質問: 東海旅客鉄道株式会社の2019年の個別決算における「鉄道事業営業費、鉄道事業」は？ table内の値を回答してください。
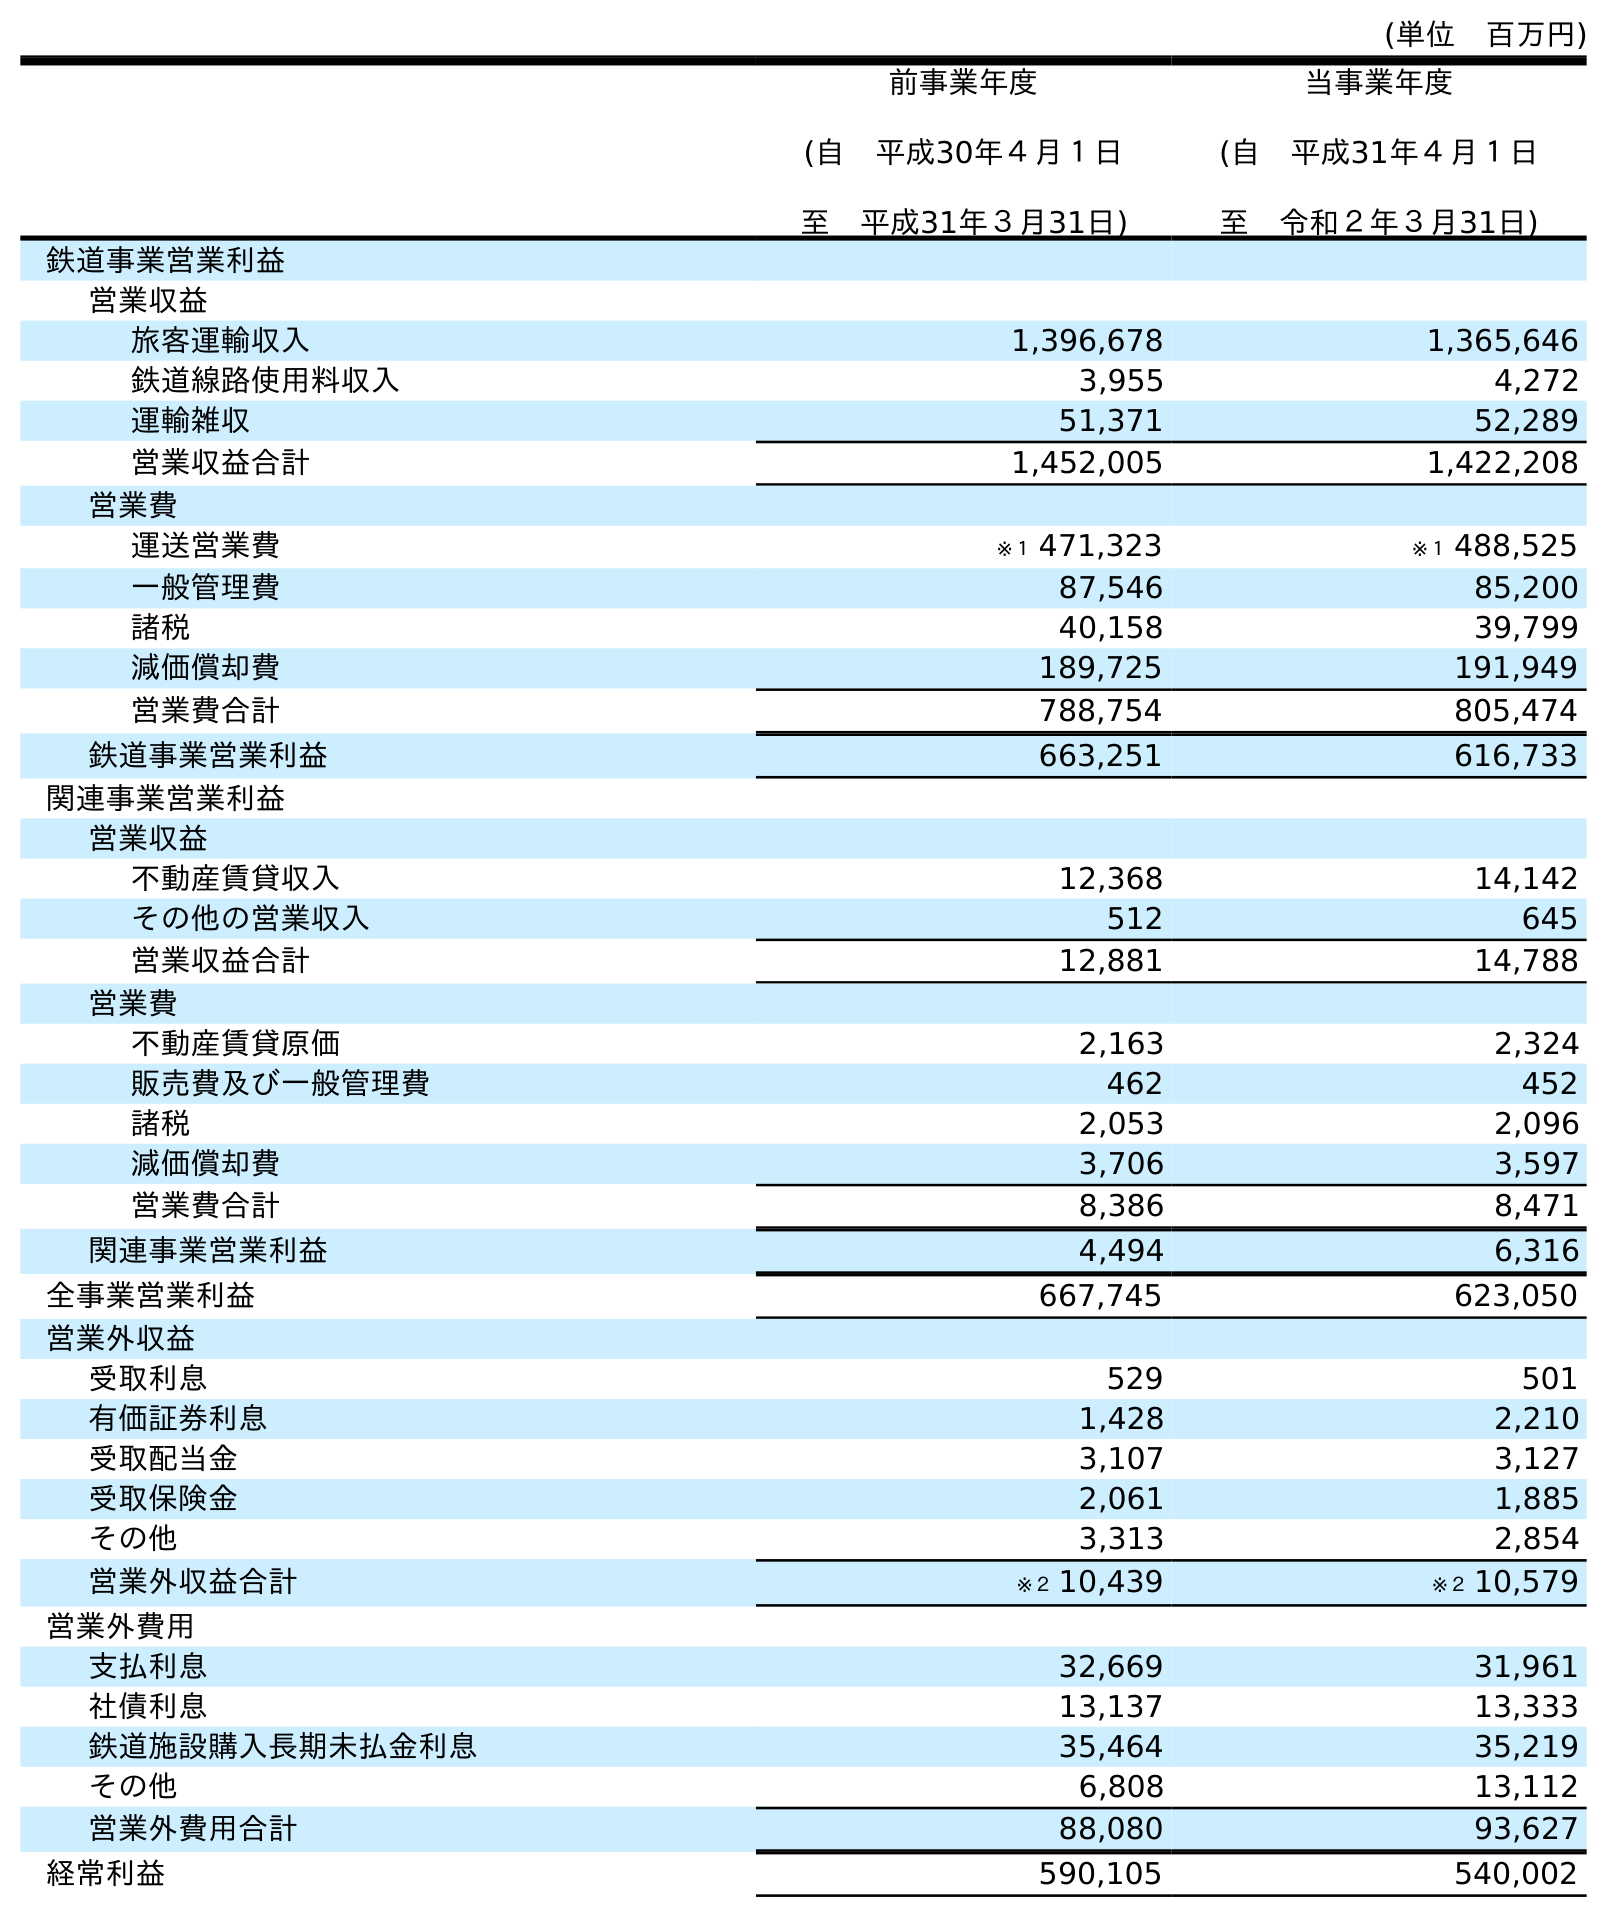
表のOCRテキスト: (単位 百万円) 前事業年度 (自 平成30年４月１日 至 平成31年３月31日) 当事業年度 (自 平成31年４月１日 至 令和２年３月31日) 鉄道事業営業利益 営業収益 旅客運輸収入 1,396,678 1,365,646 鉄道線路使用料収入 3,955 4,272 運輸雑収 51,371 52,289 営業収益合計 1,452,005 1,422,208 営業費 運送営業費 ※１ 471,323 ※１ 488,525 一般管理費 87,546 85,200 諸税 40,158 39,799 減価償却費 189,725 191,949 営業費合計 788,754 805,474 鉄道事業営業利益 663,251 616,733 関連事業営業利益 営業収益 不動産賃貸収入 12,368 14,142 その他の営業収入 512 645 営業収益合計 12,881 14,788 営業費 不動産賃貸原価 2,163 2,324 販売費及び一般管理費 462 452 諸税 2,053 2,096 減価償却費 3,706 3,597 営業費合計 8,386 8,471 関連事業営業利益 4,494 6,316 全事業営業利益 667,745 623,050 営業外収益 受取利息 529 501 有価証券利息 1,428 2,210 受取配当金 3,107 3,127 受取保険金 2,061 1,885 その他 3,313 2,854 営業外収益合計 ※２ 10,439 ※２ 10,579 営業外費用 支払利息 32,669 31,961 社債利息 13,137 13,333 鉄道施設購入長期未払金利息 35,464 35,219 その他 6,808 13,112 営業外費用合計 88,080 93,627 経常利益 590,105 540,002
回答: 788,754